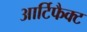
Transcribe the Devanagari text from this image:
आर्टिफैक्ट